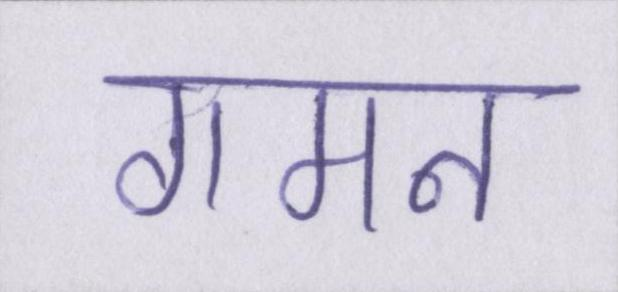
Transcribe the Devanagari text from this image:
गमन